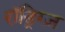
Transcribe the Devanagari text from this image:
रॉड्रिग्ज़